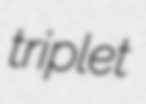
triplet